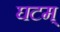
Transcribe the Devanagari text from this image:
घटम्